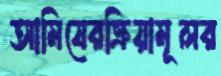
আমিষেরক্রিয়ামূলর